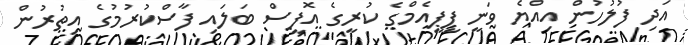
އަދި ފުލުހުން އިއްޔެ ވަނީ ޕީޕީއެމްގެ ކުރީގެ އޮފީސް ބަލައި ފާސްކުރުމުގެ އިތުރުން